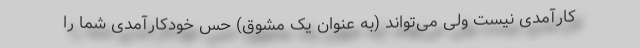
کارآمدی نیست ولی می‌تواند (به عنوان یک مشوق) حس خودکارآمدی شما را